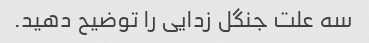
سه علت جنگل زدایی را توضیح دهید.